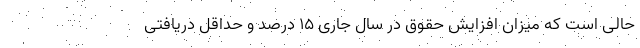
حالی است که میزان افزایش حقوق در سال جاری ۱۵ درصد و حداقل دریافتی